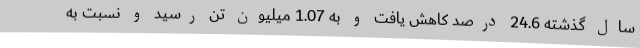
سال گذشته 24.6 درصد کاهش یافت و به 1.07 میلیون تن رسید و نسبت به